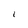
Character: I